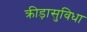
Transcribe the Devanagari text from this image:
क्रीड़ासुविधा